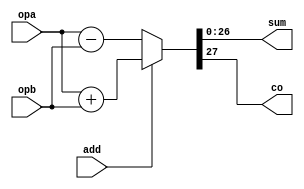
/////////////////////////////////////////////////////////////////////
////                                                             ////
////  Primitives                                                 ////
////  FPU Primitives                                             ////
////                                                             ////
////          rudi@asics.ws                                      ////
////                                                             ////
/////////////////////////////////////////////////////////////////////
////                                                             ////
//// Copyright (C) 2000 Rudolf Usselmann                         ////
////                    rudi@asics.ws                            ////
////                                                             ////
//// This source file may be used and distributed without        ////
//// restriction provided that this copyright statement is not   ////
//// removed from the file and that any derivative work contains ////
//// the original copyright notice and the associated disclaimer.////
////                                                             ////
////     THIS SOFTWARE IS PROVIDED ``AS IS'' AND WITHOUT ANY     ////
//// EXPRESS OR IMPLIED WARRANTIES, INCLUDING, BUT NOT LIMITED   ////
//// TO, THE IMPLIED WARRANTIES OF MERCHANTABILITY AND FITNESS   ////
//// FOR A PARTICULAR PURPOSE. IN NO EVENT SHALL THE AUTHOR      ////
//// OR CONTRIBUTORS BE LIABLE FOR ANY DIRECT, INDIRECT,         ////
//// INCIDENTAL, SPECIAL, EXEMPLARY, OR CONSEQUENTIAL DAMAGES    ////
//// (INCLUDING, BUT NOT LIMITED TO, PROCUREMENT OF SUBSTITUTE   ////
//// GOODS OR SERVICES; LOSS OF USE, DATA, OR PROFITS; OR        ////
//// BUSINESS INTERRUPTION) HOWEVER CAUSED AND ON ANY THEORY OF  ////
//// LIABILITY, WHETHER IN  CONTRACT, STRICT LIABILITY, OR TORT  ////
//// (INCLUDING NEGLIGENCE OR OTHERWISE) ARISING IN ANY WAY OUT  ////
//// OF THE USE OF THIS SOFTWARE, EVEN IF ADVISED OF THE         ////
//// POSSIBILITY OF SUCH DAMAGE.                                 ////
////                                                             ////
/////////////////////////////////////////////////////////////////////


`timescale 1ns / 100ps


////////////////////////////////////////////////////////////////////////
//
// Add/Sub
//

module add_sub27(add, opa, opb, sum, co);
input		add;
input	[26:0]	opa, opb;
output	[26:0]	sum;
output		co;



assign {co, sum} = add ? (opa + opb) : (opa - opb);

endmodule

////////////////////////////////////////////////////////////////////////
//
// Multiply
//

module mul_r2(clk, opa, opb, prod);
input		clk;
input	[23:0]	opa, opb;
output	[47:0]	prod;

reg	[47:0]	prod1, prod;

always @(posedge clk)
	prod1 <= #1 opa * opb;

always @(posedge clk)
	prod <= #1 prod1;

endmodule

////////////////////////////////////////////////////////////////////////
//
// Divide
//

module div_r2(clk, opa, opb, quo, rem);
input		clk;
input	[49:0]	opa;
input	[23:0]	opb;
output	[49:0]	quo, rem;

reg	[49:0]	quo, rem, quo1, remainder;

always @(posedge clk)
	quo1 <= #1 opa / opb;

always @(posedge clk)
	quo <= #1 quo1;

always @(posedge clk)
	remainder <= #1 opa % opb;

always @(posedge clk)
	rem <= #1 remainder;

endmodule